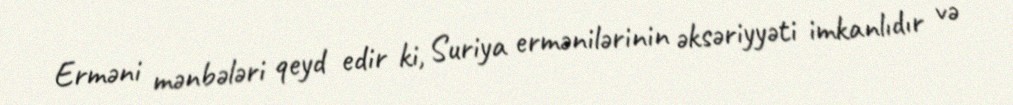
Erməni mənbələri qeyd edir ki, Suriya ermənilərinin əksəriyyəti imkanlıdır və